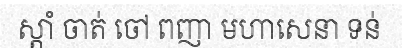
ស្តាំ ចាត់ ចៅ ពញា មហាសេនា ទន់